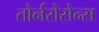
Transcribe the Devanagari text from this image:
तोर्नरोसेन्स